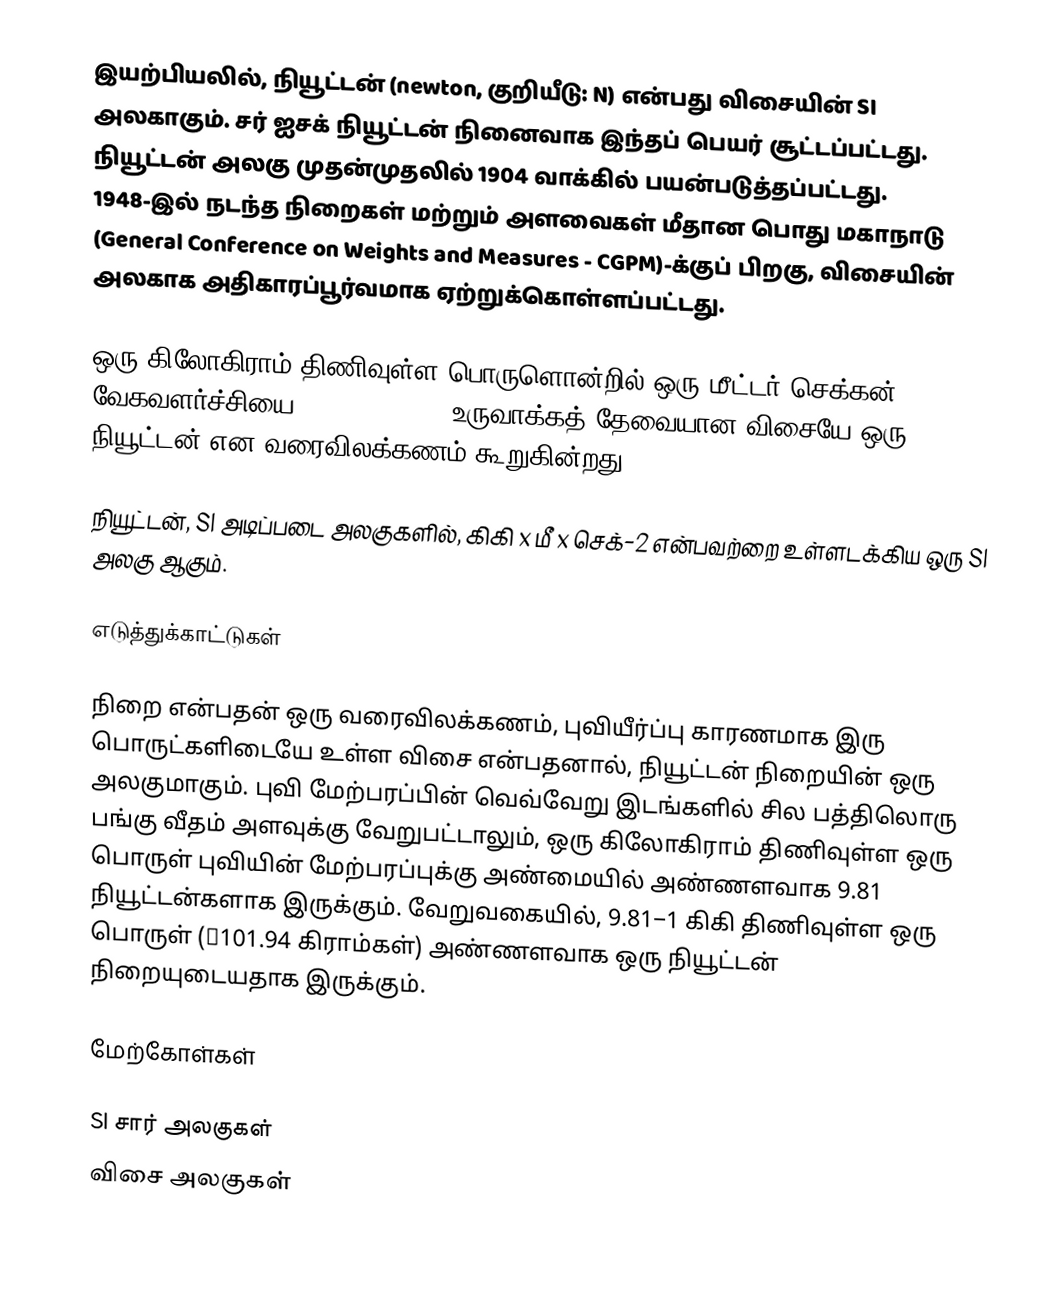
இயற்பியலில், நியூட்டன்  (newton, குறியீடு: N) என்பது விசையின் SI அலகாகும். சர் ஐசக் நியூட்டன் நினைவாக இந்தப் பெயர் சூட்டப்பட்டது. நியூட்டன் அலகு முதன்முதலில் 1904 வாக்கில் பயன்படுத்தப்பட்டது. 1948-இல் நடந்த நிறைகள் மற்றும் அளவைகள் மீதான பொது மகாநாடு (General Conference on Weights and Measures - CGPM)-க்குப் பிறகு, விசையின் அலகாக அதிகாரப்பூர்வமாக ஏற்றுக்கொள்ளப்பட்டது.

ஒரு கிலோகிராம் திணிவுள்ள பொருளொன்றில் ஒரு மீட்டர்/செக்கன்2 வேகவளர்ச்சியை (acceleration) உருவாக்கத் தேவையான விசையே ஒரு நியூட்டன் என வரைவிலக்கணம் கூறுகின்றது..

நியூட்டன், SI அடிப்படை அலகுகளில், கிகி x மீ x செக்−2 என்பவற்றை உள்ளடக்கிய ஒரு SI அலகு ஆகும்.

எடுத்துக்காட்டுகள்

நிறை என்பதன் ஒரு வரைவிலக்கணம், புவியீர்ப்பு காரணமாக இரு பொருட்களிடையே உள்ள விசை என்பதனால், நியூட்டன் நிறையின் ஒரு அலகுமாகும். புவி மேற்பரப்பின் வெவ்வேறு இடங்களில் சில பத்திலொரு பங்கு வீதம் அளவுக்கு வேறுபட்டாலும், ஒரு கிலோகிராம் திணிவுள்ள ஒரு பொருள் புவியின் மேற்பரப்புக்கு அண்மையில் அண்ணளவாக 9.81 நியூட்டன்களாக இருக்கும். வேறுவகையில், 9.81−1 கிகி திணிவுள்ள ஒரு பொருள் (≈101.94 கிராம்கள்) அண்ணளவாக ஒரு நியூட்டன் நிறையுடையதாக இருக்கும்.

மேற்கோள்கள்

SI சார் அலகுகள்
விசை அலகுகள்